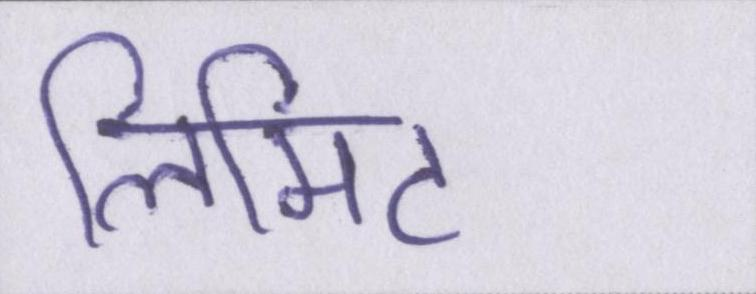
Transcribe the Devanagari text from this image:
लिमिट